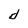
Character: d